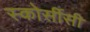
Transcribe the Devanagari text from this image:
स्कोर्सीसी